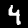
Digit: 4